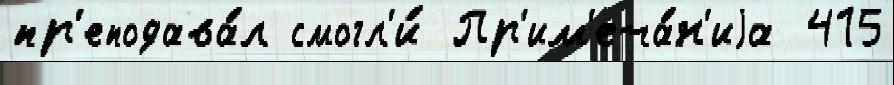
пр'еподава́л смогл'и́ Пр'им'еча́н'иjа 415